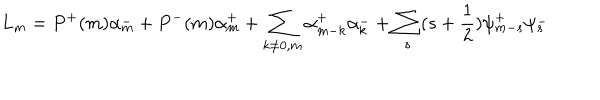
L _ { m } = P ^ { + } ( m ) \alpha _ { m } ^ { - } + P ^ { - } ( m ) \alpha _ { m } ^ { + } + \sum _ { k \ne 0 , m } \alpha _ { m - k } ^ { + } \alpha _ { k } ^ { - } + \sum _ { s } ( s + \frac { 1 } { 2 } ) \psi _ { m - s } ^ { + } \psi _ { s } ^ { - }